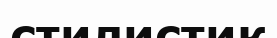
стилистик